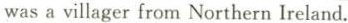
was a villager from Northern Ireland.